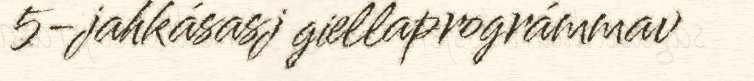
5-jahkásasj giellaprográmmav